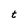
Character: t